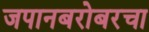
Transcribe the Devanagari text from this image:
जपानबरोबरचा